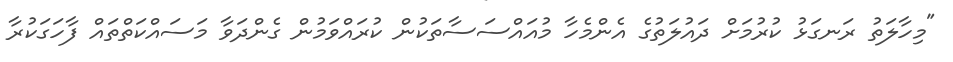
"މިހާލަތު ރަނގަޅު ކުރުމަށް ދައުލަތުގެ އެންމެހާ މުއައްސަސާތަކުން ކުރައްވަމުން ގެންދަވާ މަސައްކަތްތައް ފާހަގަކުރާ